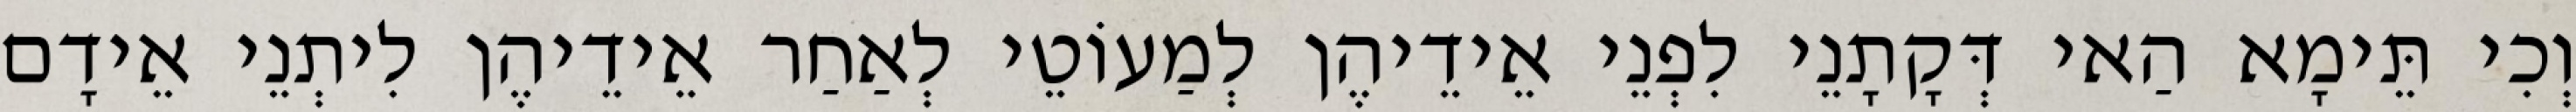
וְכִי תֵּימָא הַאי דְּקָתָנֵי לִפְנֵי אֵידֵיהֶן לְמַעוֹטֵי לְאַחַר אֵידֵיהֶן לִיתְנֵי אֵידָם